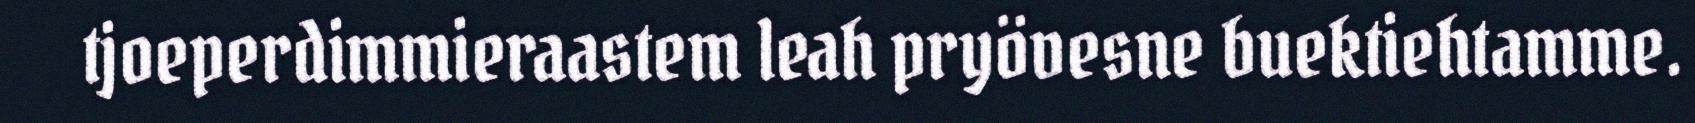
tjoeperdimmieraastem leah pryövesne buektiehtamme.